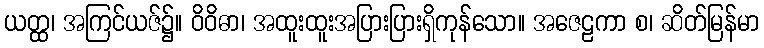
ယတ္ထ၊ အကြင်ယဇ်၌။ ဝိဝိဓာ၊ အထူးထူးအပြားပြားရှိကုန်သော။ အဇေဠကာ စ၊ ဆိတ်မြန်မာ